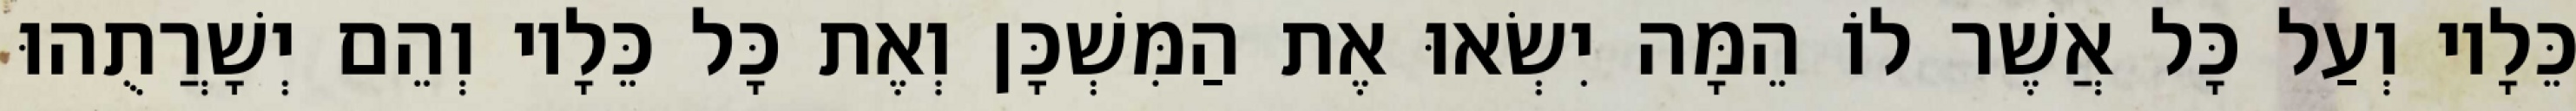
כֵּלָיו וְעַל כָּל אֲשֶׁר לוֹ הֵמָּה יִשְׂאוּ אֶת הַמִּשְׁכָּן וְאֶת כָּל כֵּלָיו וְהֵם יְשָׁרֲתֻהוּ